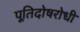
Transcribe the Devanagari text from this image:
पूतिदोषरोधी